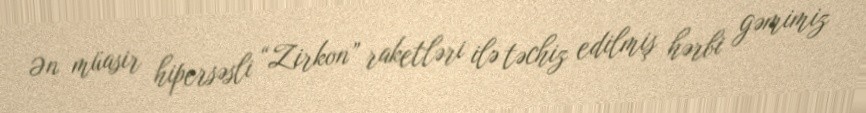
Ən müasir hipersəsli “Zirkon” raketləri ilə təchiz edilmiş hərbi gəmimiz